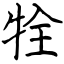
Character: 牷